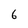
Character: 6